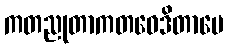
ကတညုတာကတဝေဒိတာပေ